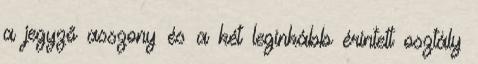
a jegyző asszony és a két leginkább érintett osztály